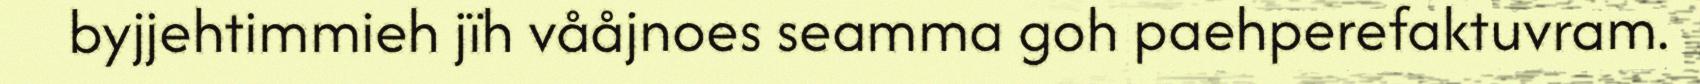
byjjehtimmieh jïh vååjnoes seamma goh paehperefaktuvram.